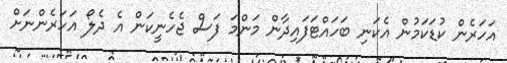
އަހަރެން ކުޑަކަމުން އެކަނި ބަހައްޓަފައިދާން މަންމަ ފަސް ޖެހެނީކަން އެ ދެލޯ އަހަރެންނަށް